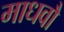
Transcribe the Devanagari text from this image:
माधवौ